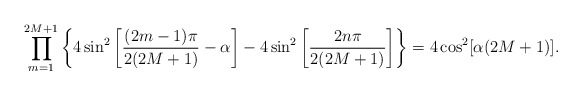
\begin{align*}\prod_{m=1}^{2M+1}\left\{4 \sin^2\left[\frac{ (2m-1)\pi}{2(2M+1)}-\alpha\right]- 4 \sin^2\left[\frac{ 2n\pi}{2(2M+1)}\right] \right\}=4\cos^2[\alpha(2M+1)].\end{align*}